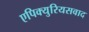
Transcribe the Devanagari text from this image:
एपिक्युरियसवाद